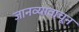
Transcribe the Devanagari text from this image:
जानव्यावाचून